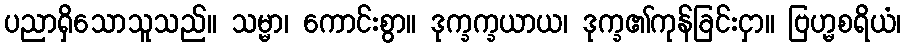
ပညာရှိသောသူသည်။ သမ္မာ၊ ကောင်းစွာ။ ဒုက္ခက္ခယာယ၊ ဒုက္ခ၏ကုန်ခြင်းငှာ။ ဗြဟ္မစရိယံ၊